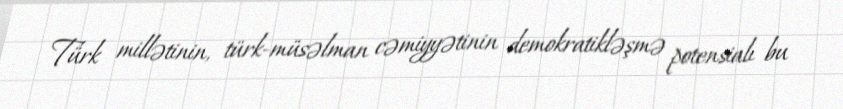
Türk millətinin, türk-müsəlman cəmiyyətinin demokratikləşmə potensialı bu